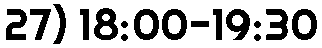
27) 18:00-19:30